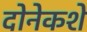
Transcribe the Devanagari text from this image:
दोनेकशे